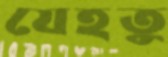
যেহতু